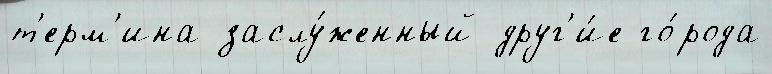
т'ерм'ина заслу́женный друг'и́е го́рода